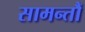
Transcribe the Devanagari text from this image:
सामन्तौं